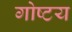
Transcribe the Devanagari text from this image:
गोष्टय